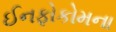
ઈનફોકોમના